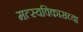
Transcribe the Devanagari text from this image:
मत्स्यविकासच्या